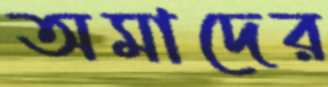
অমাদের